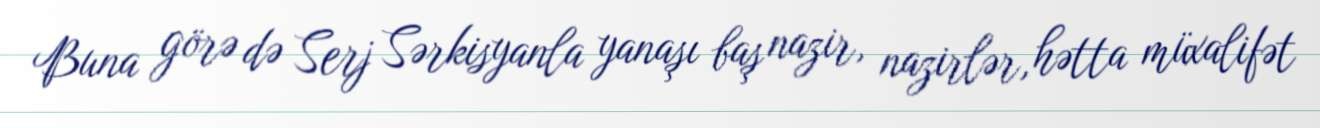
Buna görə də Serj Sərkisyanla yanaşı baş nazir, nazirlər, hətta müxalifət